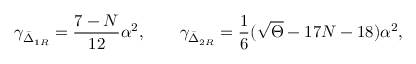
\gamma _ { \bar { \Delta } _ { 1 R } } = \frac { 7 - N } { 1 2 } \alpha ^ { 2 } , \qquad \gamma _ { \bar { \Delta } _ { 2 R } } = \frac { 1 } { 6 } ( \sqrt \Theta - 1 7 N - 1 8 ) \alpha ^ { 2 } ,